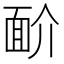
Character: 𩈋